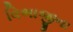
વિભાજીના